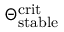
\Theta _ { \mathrm { s t a b l e } } ^ { \mathrm { c r i t } }